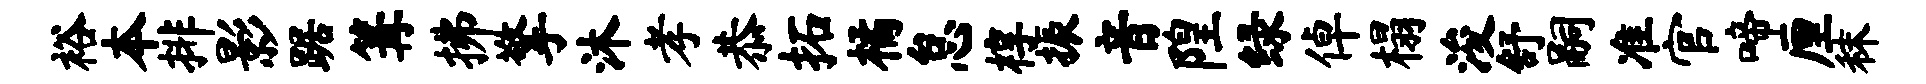
裕本排影踞篝拂擎沐孝恭拓橘怠椁振音隍绿倬榻浚舒嗣准官啼厘秣